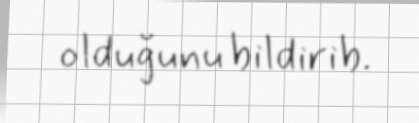
olduğunu bildirib.